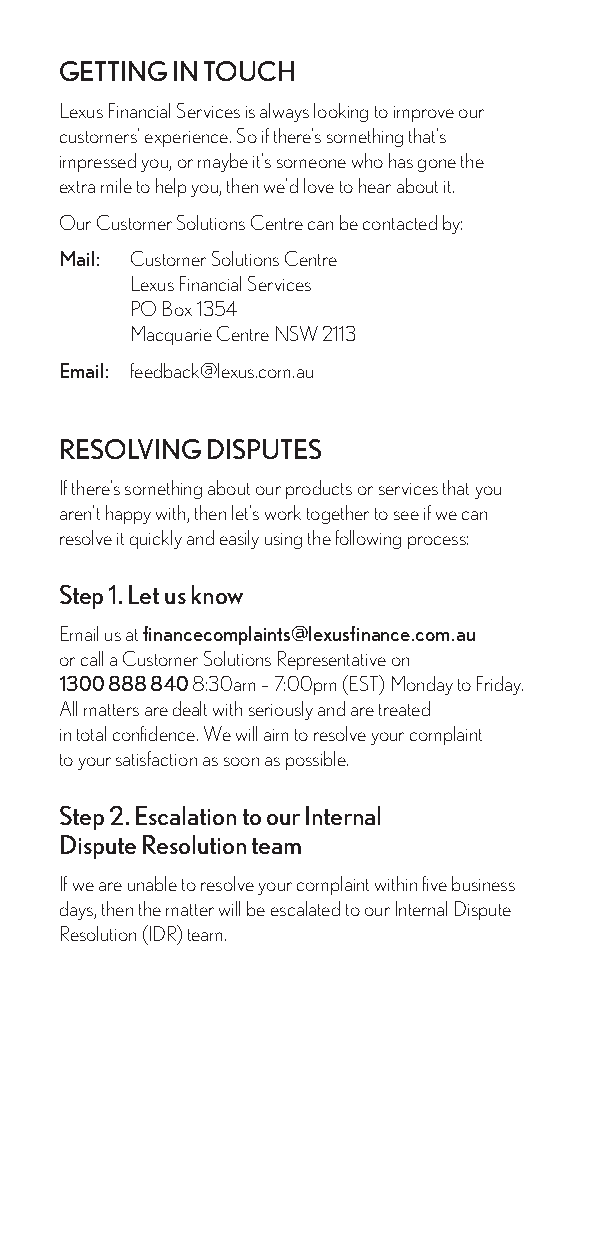
GETTING IN TOUCH
 Lexus Financial Services is always looking to improve our
 customers’ experience. So if there’s something that’s
 impressed you, or maybe it’s someone who has gone the
 extra mile to help you, then we’d love to hear about it.
 Our Customer Solutions Centre can be contacted by:
 Mail: Customer Solutions Centre
 Lexus Financial Services
 PO Box 1354
 Macquarie Centre NSW 2113
 Email: feedback@lexus.com.au
 RESOLVING DISPUTES
 If there’s something about our products or services that you
 aren’t happy with, then let’s work together to see if we can
 resolve it quickly and easily using the following process:
 Step 1. Let us know
 Email us at financecomplaints@lexusfinance.com.au
 or call a Customer Solutions Representative on
 1300 888 840 8:30am – 7:00pm (EST) Monday to Friday.
 All matters are dealt with seriously and are treated
 in total confidence. We will aim to resolve your complaint
 to your satisfaction as soon as possible.
 Step 2. Escalation to our Internal
 Dispute Resolution team
 If we are unable to resolve your complaint within five business
 days, then the matter will be escalated to our Internal Dispute
 Resolution (IDR) team.